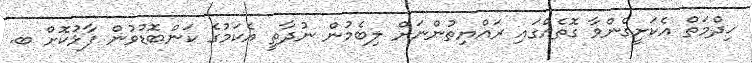
ޚިދްމަތް އެކަށީގެންވާ ގޮތެއްގައި ރައްޔިތުންނަށް ލިބެމުން ނުދާތީ އެކަމުގެ ކަންބޮޑުވުން ފާޅުކޮށް ބ.